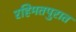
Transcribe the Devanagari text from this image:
रहिमतपुरात